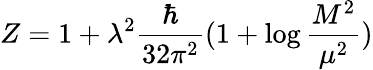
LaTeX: Z=1+\lambda^{2}\frac{\hbar}{32\pi^{2}}(1+\log\frac{M^{2}}{\mu^{2}})